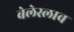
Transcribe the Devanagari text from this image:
बेलेस्लाव